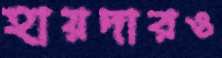
হায়দারও